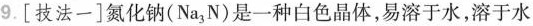
9.[技法一]氮化钠(Na_{3}N)是一种白色晶体，易溶于水，溶于水